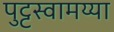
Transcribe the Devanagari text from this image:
पुट्टस्वामय्या